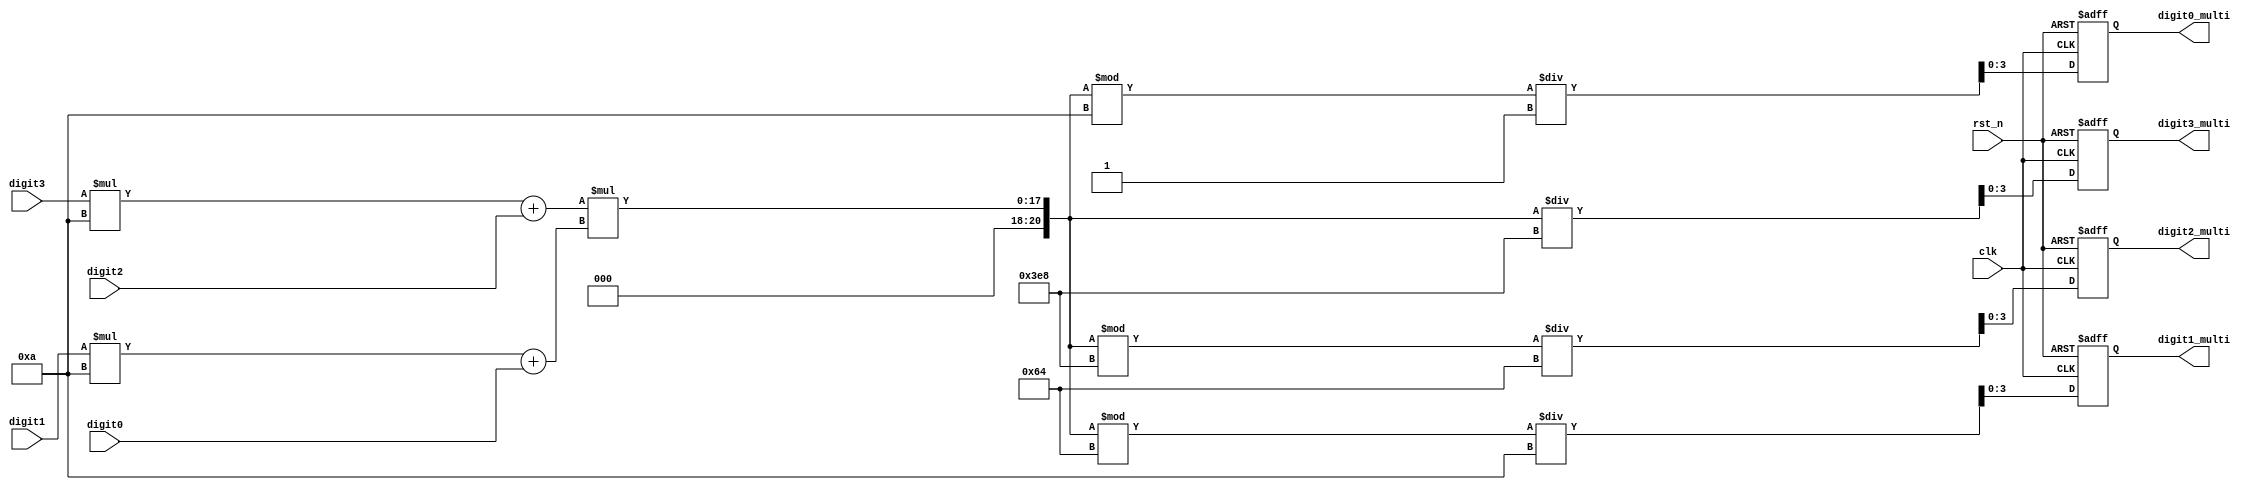
`timescale 1ns / 1ps
//////////////////////////////////////////////////////////////////////////////////
// Company: 
// Engineer: 
// 
// Design Name: 
// Module Name: Multi
// Project Name: 
// Target Devices: 
// Tool Versions: 
// Description: 
// 
// Dependencies: 
// 
// Revision:
// Revision 0.01 - File Created
// Additional Comments:
// 
//////////////////////////////////////////////////////////////////////////////////


module Multi(
    input clk,
    input rst_n,
    input [3:0] digit3,
    input [3:0] digit2,
    input [3:0] digit1,
    input [3:0] digit0,
    output reg [3:0] digit3_multi,
    output reg [3:0] digit2_multi,
    output reg [3:0] digit1_multi,
    output reg [3:0] digit0_multi
    );
    
     wire [10:0] multi_tmp1,multi_tmp0;
     wire [20:0] multi_total;
     wire [3:0] next_digit3_multi,next_digit2_multi,next_digit1_multi,next_digit0_multi;
    
      assign multi_tmp1 = digit3 * (4'd10) + digit2;
      assign multi_tmp0 = digit1 * (4'd10) + digit0;
      assign multi_total = multi_tmp1 * multi_tmp0; 
      
      assign next_digit3_multi = multi_total/1000;
      assign next_digit2_multi = (multi_total%1000)/100;
      assign next_digit1_multi = (multi_total%100)/10;
      assign next_digit0_multi = (multi_total%10)/1;
      
      
always @(posedge clk or negedge rst_n)
      begin
        if (~rst_n)
        begin
          digit3_multi <= 4'b0000;
          digit2_multi <= 4'b0000;
          digit1_multi <= 4'b0000;
          digit0_multi <= 4'b0000;
          end
        else
        begin
          digit3_multi <= next_digit3_multi;
          digit2_multi <= next_digit2_multi;
          digit1_multi <= next_digit1_multi;
          digit0_multi <= next_digit0_multi;
        end
      end     
endmodule